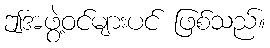
ဤအဖွဲ့ဝင်များပင် ဖြစ်သည်။